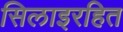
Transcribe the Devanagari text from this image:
सिलाइरहित